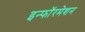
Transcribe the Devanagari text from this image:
इन्फॉरमेशन